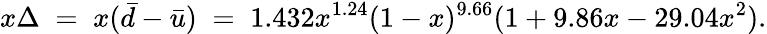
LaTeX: x\Delta\; =\; x(\bar{d}-\bar{u})\; =\; 1.432x^{1.24}(1-x)^{9.66}(1+9.86x-29.04x^{2}).